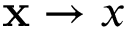
\mathbf x \to x